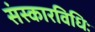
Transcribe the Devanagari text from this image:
संस्कारविधिः